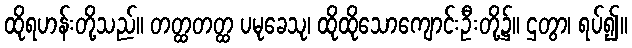
ထိုရဟန်းတို့သည်။ တတ္ထတတ္ထ ပမုခေသု၊ ထိုထိုသောကျောင်းဦးတို့၌။ ဌတွာ၊ ရပ်၍။